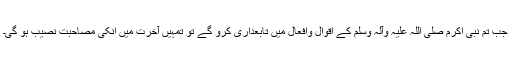
جب تم نبی اکرم صلی اللہ علیہ وآلہٖ وسلم کے اقوال وافعال میں تابعداری کرو گے تو تمہیں آخرت میں انکی مصاحبت نصیب ہو گی۔